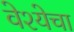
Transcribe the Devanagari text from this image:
वेश्येचा